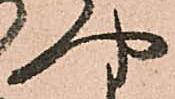
や